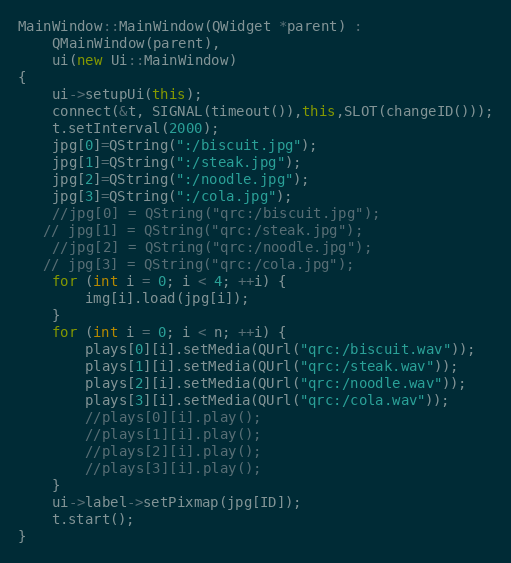
Language: C++
MainWindow::MainWindow(QWidget *parent) :
    QMainWindow(parent),
    ui(new Ui::MainWindow)
{
    ui->setupUi(this);
    connect(&t, SIGNAL(timeout()),this,SLOT(changeID()));
    t.setInterval(2000);
    jpg[0]=QString(":/biscuit.jpg");
    jpg[1]=QString(":/steak.jpg");
    jpg[2]=QString(":/noodle.jpg");
    jpg[3]=QString(":/cola.jpg");
    //jpg[0] = QString("qrc:/biscuit.jpg");
   // jpg[1] = QString("qrc:/steak.jpg");
    //jpg[2] = QString("qrc:/noodle.jpg");
   // jpg[3] = QString("qrc:/cola.jpg");
    for (int i = 0; i < 4; ++i) {
        img[i].load(jpg[i]);
    }
    for (int i = 0; i < n; ++i) {
        plays[0][i].setMedia(QUrl("qrc:/biscuit.wav"));
        plays[1][i].setMedia(QUrl("qrc:/steak.wav"));
        plays[2][i].setMedia(QUrl("qrc:/noodle.wav"));
        plays[3][i].setMedia(QUrl("qrc:/cola.wav"));
        //plays[0][i].play();
        //plays[1][i].play();
        //plays[2][i].play();
        //plays[3][i].play();
    }
    ui->label->setPixmap(jpg[ID]);
    t.start();
}